Civil Veterinary Department. United Provinces 1932-42 - 1932-1942
Year: 1932
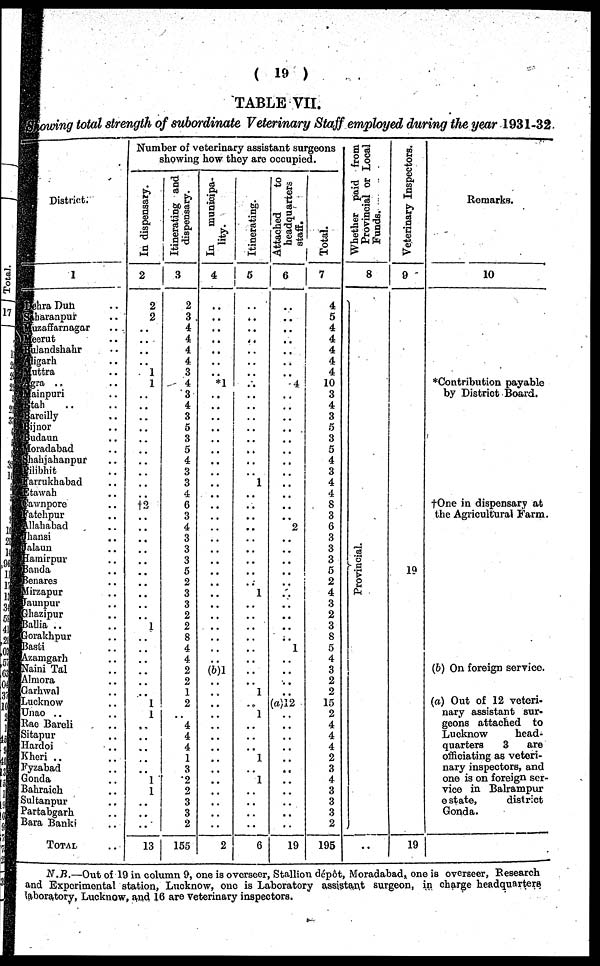
(19)
TABLE VII.
owving total strength of subordinate Veterinary Staff employed during the year 1931-32.
District.
1
Dehra Dun ..
Sharanpur ..
Muzaffarnagar ..
Meerut ..
Bulandshahr ..
Aligarh ..
Mattra ..
Agra .. ..
Mainpuri ..
Etah .. ..
Bareilly .. ..
Bijnor .. ..
Budaun ..
Moradabad ..
Shahjahanpur ..
Pilibhit ..
Farrukhabad ..
Etawah ..
Cawnpore ..
Fatehpur ..
Allahabad ..
Jhansi ..
Jalaun ..
Aamirpur ..
Banda ..
Benares ..
Mirzapur ..
aunpur ..
Ghazipur ..
Ballia ..
Gorakhpur ..
Basti ..
Azamgarh ..
Naini Tal ..
Almora ..
Garhwal ..
Lucknow ..
Unao .. ..
Rae Bareli ..
Sitapur ..
Hardoi ..
Kheri .. ..
Fyzabad .. ..
Gonda .. ..
Bahraich ..
Sultanpur ..
Partabgarh ..
Bara Banki ..
TOTAL ..
Number of veterinary assistant surgeons
showing how they are occupied.
In dispensary.
2
2
2
..
..
..
..
1
1
..
..
..
..
..
..
..
..
..
..
12
..
..
..
..
..
..
..
..
..
..
1
..
..
..
..
..
..
1
1
..
..
..
..
..
1
1
..
..
..
13
Itinerating and
dispensary.
3
2
3
4
4
4
4
3
4
3
4
3
5
3
5
4
3
3
4
6
3
4
3
3
3
5
2
3
3
2
2
8
4
4
2
2
1
2
..
4
4
4
1
3
2
2
3
3
2
155
In
municipa-
lity.
4
..
..
..
..
..
..
.. *1
..
..
..
..
..
..
..
..
..
..
..
..
..
..
..
..
..
..
..
..
..
..
..
..
..
(b)1
..
..
..
..
..
..
..
..
..
..
..
..
..
..
2
Itinerating.
5
..
..
..
..
..
..
..
..
..
..
..
..
..
..
..
..
1
..
..
..
..
..
..
..
..
..
1
..
..
..
..
..
..
..
..
1
..
1
..
..
..
1
..
1
..
..
..
..
6
Attached
to
headquarters
staff.
6
..
..
..
..
..
..
..
4
..
..
..
..
..
..
..
..
..
..
..
..
2
..
..
..
..
..
..
..
..
..
..
1
..
..
..
..
(a) 12
..
..
..
..
..
..
..
..
..
..
..
19
Total.
7
4
5
4
4
4
4
4
10
3
4
3
5
3
5
4
3
4
4
8
3
6
3
3
3
5
2
4
3
2
3
8
5
4
3
2
2
15
2
4
4
4
2
3
4
3
3
3
2
195
Whether paid from
Provincial or Local
Funds.
8
Pr ovi nci al .
..
Veterinary Inspectors.
9
19
19
Remarks.
10
*Contribution payable
by District Board.
†One in dispensary at
the Agricultural Farm.
(b) On foreign service.
(a) Out of 12 veteri-
nary assistant sur-
geons attached to
Lucknow
head-
quarters
3
are
officiating as veteri-
nary inspectors, and
one is on foreign ser-
vice in Balrampur
estate,
district
Gonda.
N.R.—Out of 19 in column 9, one is overseer, Stallion dépôt, Moradabad, one is overseer, Research
and Experimental station, Lucknow, one is Laboratory assistant surgeon, in charge headquarters
laboratory, Lucknow, and 16 are veterinary inspectors.